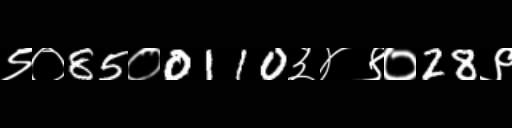
Text: ९०85०0110३४९०28९